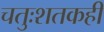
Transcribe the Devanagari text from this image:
चतुःशतकही